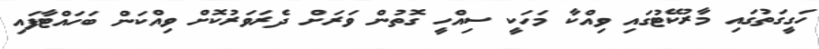
ހަގީގަތުގައި މާރުކޭޓުގައި ވިއްކާ މަހަކީ ސިއްހީ ގޮތުން ވަރަށް ދެރަވަރުކޮށް ވިއްކަން ބަހައްޓާފައި